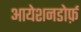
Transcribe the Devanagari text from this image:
आयेशनडोर्फ़